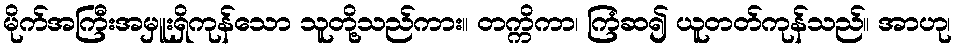
မိုက်အကြီးအမှူးရှိကုန်သော သူတို့သည်ကား။ တက္ကိကာ၊ ကြံဆ၍ ယူတတ်ကုန်သည်။ အာဟု၊